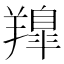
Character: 𮊳